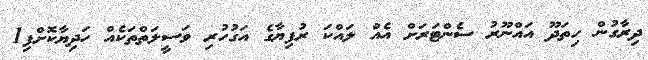
ދިރާގުން ހިތަދޫ އައްނޫރު ސެންޓަރަށް އެއް ލައްކަ ރުފިޔާގެ އަގުހުރި ވަސީލަތްތަކެއް ހަދިޔާކޮށްފި1